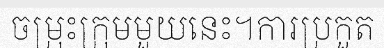
ចម្រុះក្រុមមួយនេះ។ការប្រកួត